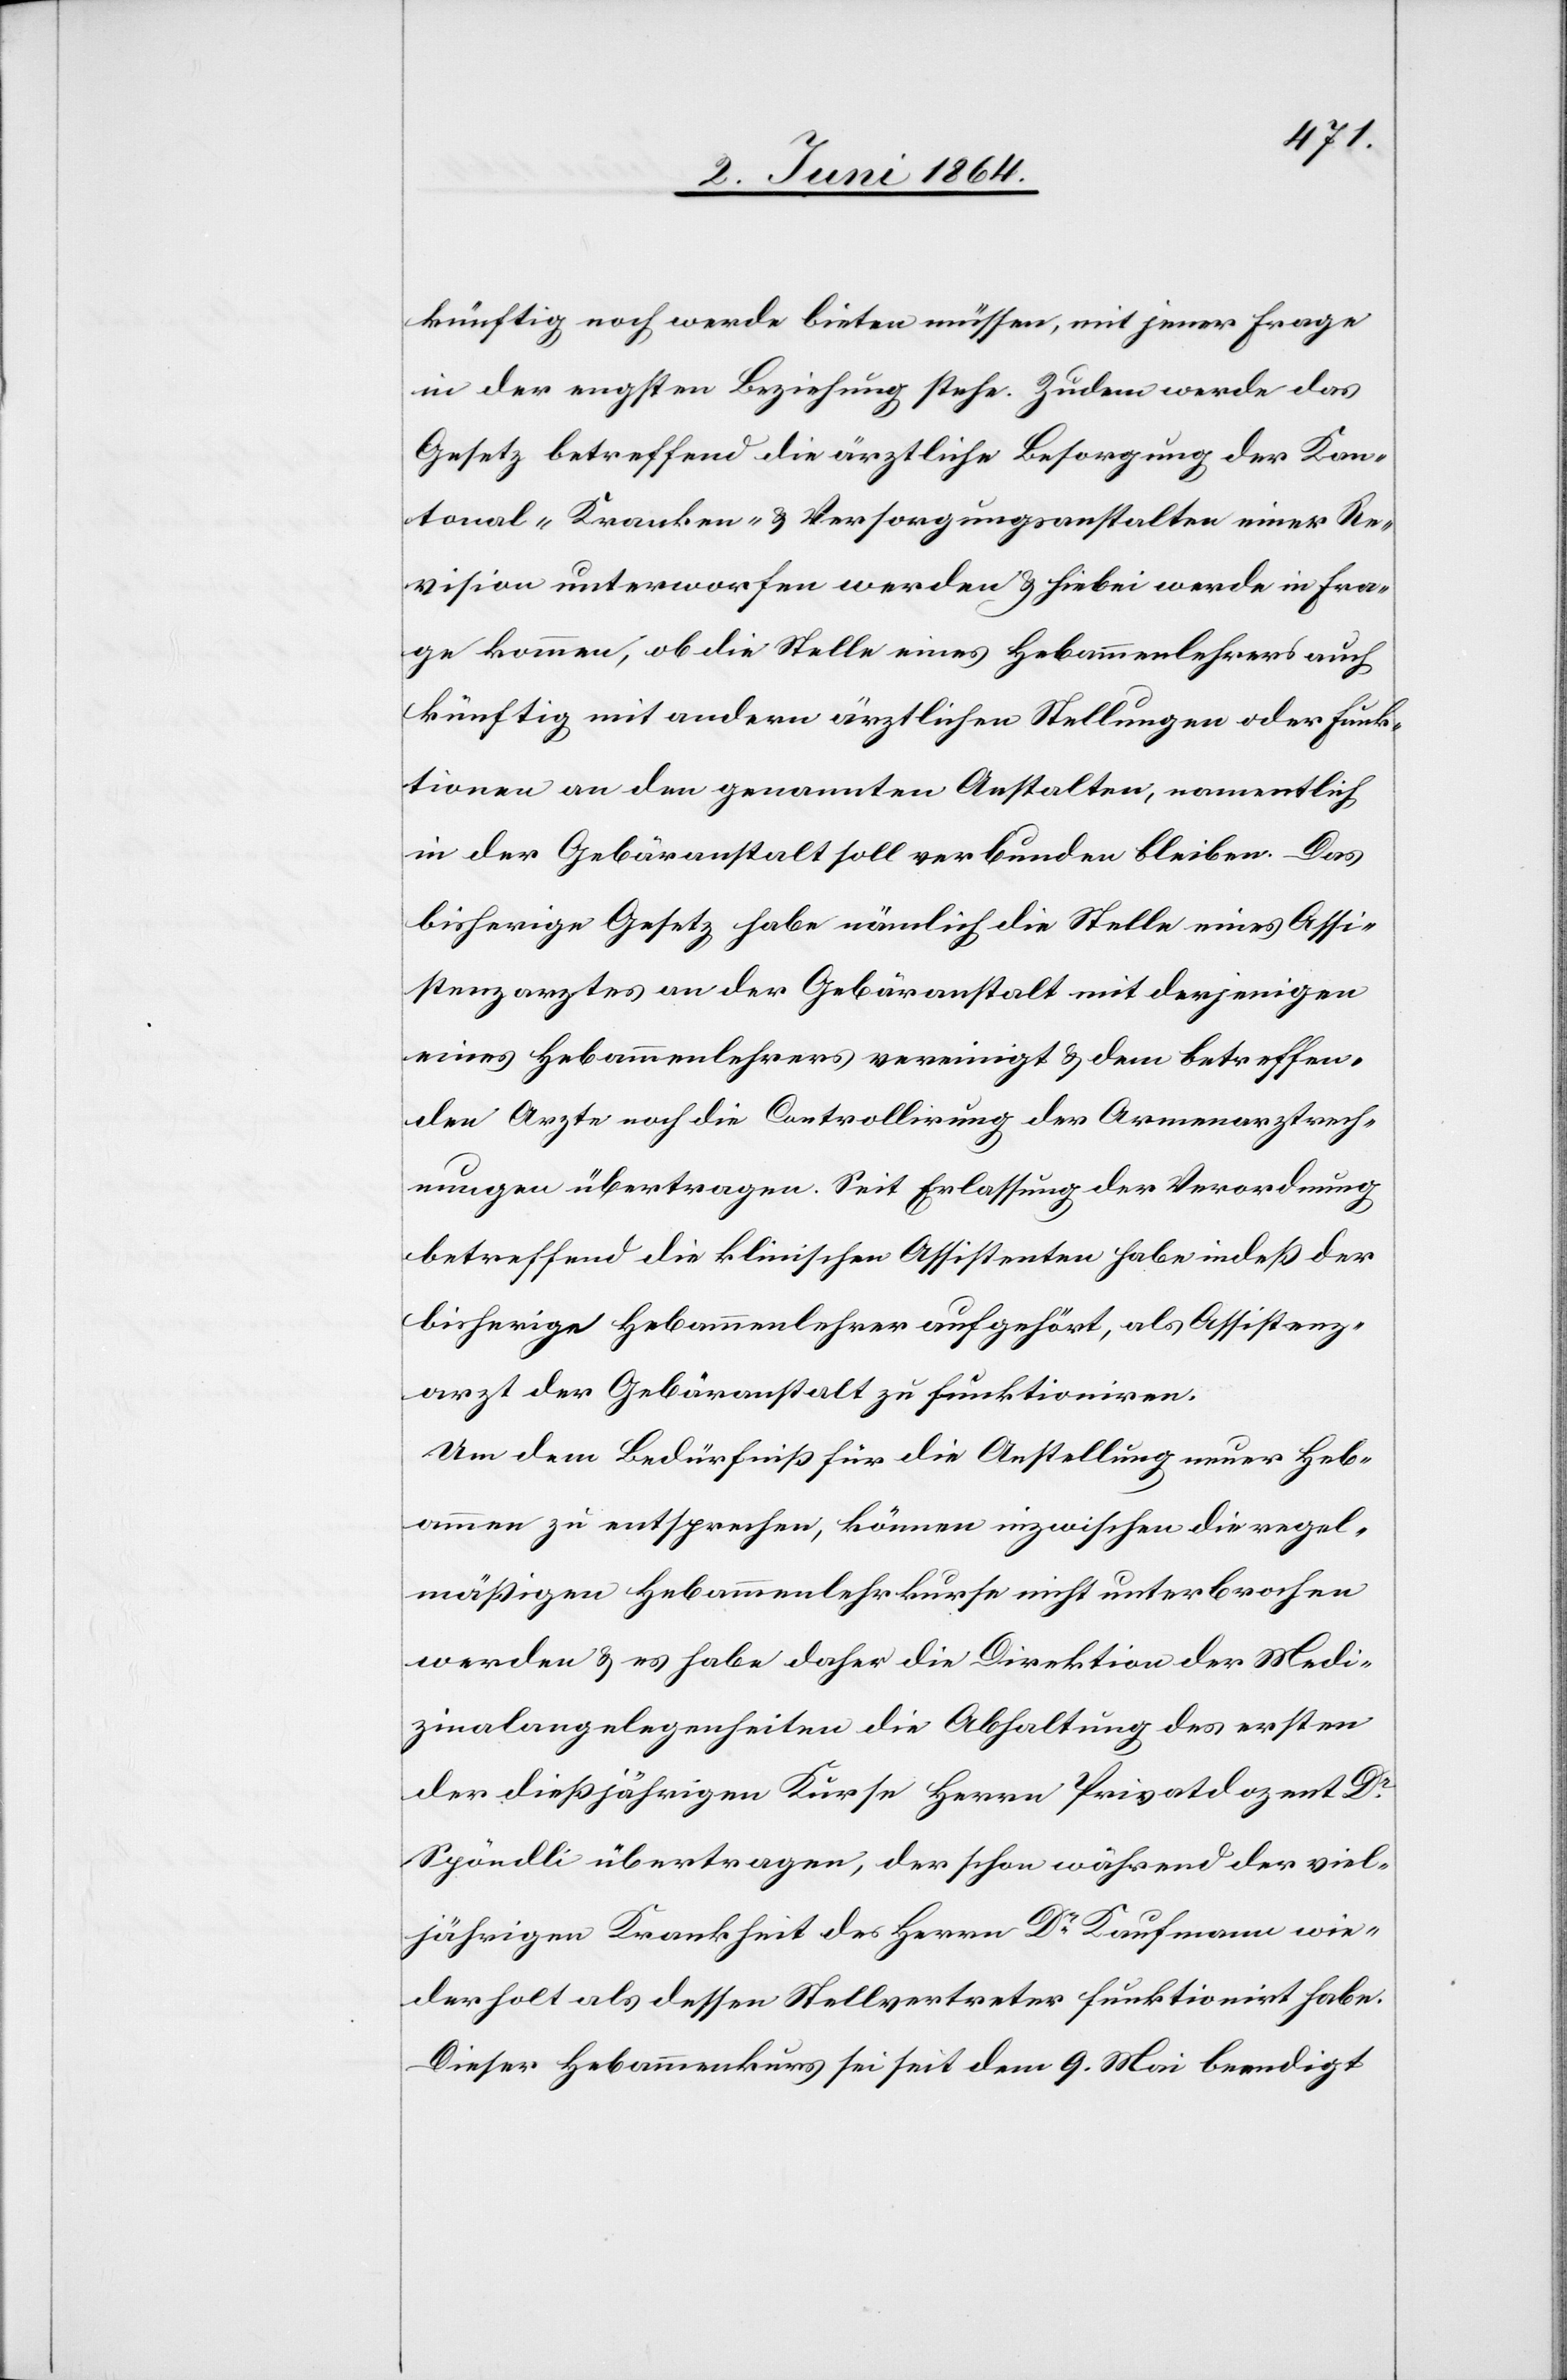
künftig noch werde bieten müssen, mit jener Frage
in der engsten Beziehung stehe. Zudem werde das
Gesetz betreffend die ärztliche Besorgung der Kan¬
tonal-[,] Kranken- u. Versorgungsanstalten einer Re¬
vision unterworfen werden u. hiebei werde in Fra¬
ge kommen, ob die Stelle eines Hebammenlehrers auch
künftig mit andern ärztlichen Stellungen oder Funk¬
tionen an den genannten Anstalten, namentlich
in der Gebäranstalt soll verbunden bleiben. Das
bisherige Gesetz habe nämlich die Stelle eines Assi¬
stenzarztes an der Gebäranstalt mit derjenigen
eines Hebammenlehrers vereinigt u. dem betreffen¬
den Arzte noch die Controllirung der Armenarztrech¬
nungen übertragen. Seit Erlassung der Verordnung
betreffend die klinischen Assistenten habe indeß der
bisherige Hebammenlehrer aufgehört, als Assistenz¬
arzt der Gebäranstalt zu funktioniren.
Um dem Bedürfniß für die Anstellung neuer Heb¬
ammen zu entsprechen, können inzwischen die regel¬
mäßigen Hebammenlehrkurse nicht unterbrochen
werden u. es habe daher die Direktion der Medi¬
zinalangelegenheiten die Abhaltung des ersten
der dießjährigen Kurse Herrn Privatdozent Dr
Spöndli [sic!] übertragen, der schon während der viel¬
jährigen Krankheit des Herrn Dr Kaufmann wie¬
derholt als dessen Stellvertreter funktionirt habe.
Dieser Hebammenkurs sei seit dem 9. Mai beendigt